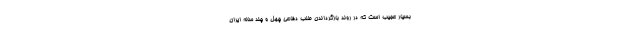
بسیار عجیب است که در روند بازگرداندن طلب دفاعی چهل و چند ساله ایران